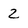
Character: 2